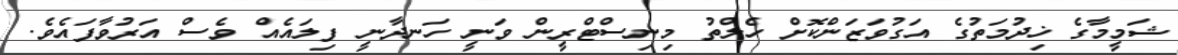
ޝަމީމާގެ ޚިދުމަތުގެ އަގުވަޒަންކޮށް ހެލްތު މިނިސްޓްރީން ވަނީ ހަނދާނީ ފިލައެއް ވެސް އަރުވާފައެވެ.